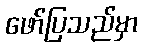
ဖော်ပြသည်မှာ